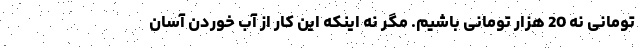
تومانی نه 20 هزار تومانی باشیم. مگر نه اینکه این کار از آب خوردن آسان